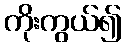
ကိုးကွယ်၍